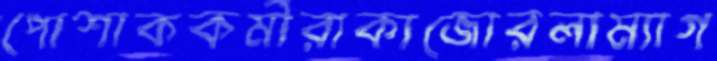
পোশাককর্মীরাকাজোরলাম্যাগ